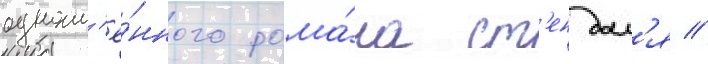
одноим'ё́нного рома́на ст'ендал'я //